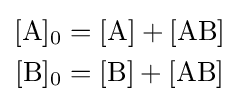
{\begin{aligned}{[\mathrm {A} ]{\vphantom {A}}_{\smash[{t}]{0}}}&={{\text{[A]}}{}+{}[\mathrm {AB} ]}\\{[\mathrm {B} ]{\vphantom {A}}_{\smash[{t}]{0}}}&={{\text{[B]}}{}+{}[\mathrm {AB} ]}\end{aligned}}